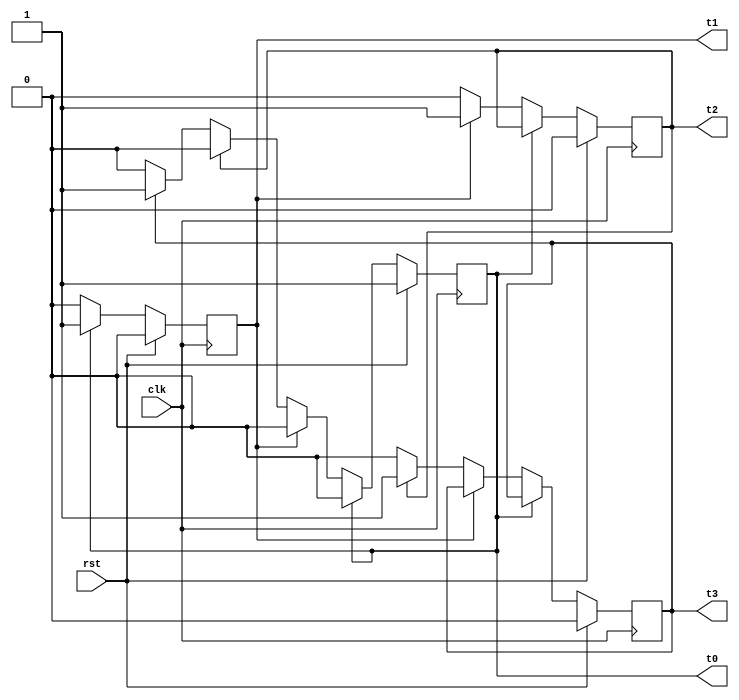
module RING_COUNTER (
		input clk, rst,
		output reg t0, t1, t2, t3
	);

	always @(posedge clk) begin
		if (rst) begin
			t0 <= 1'b1;
			t1 <= 1'b0;
			t2 <= 1'b0;
			t3 <= 1'b0;
		end
		else if (t0) begin
			t0 <= 1'b0;
			t1 <= 1'b1;
		end
		else if (t1) begin
			t1 <= 1'b0;
			t2 <= 1'b1;
		end
		else if (t2) begin
			t2 <= 1'b0;
			t3 <= 1'b1;
		end
		else if (t3) begin
			t3 <= 1'b0;
			t0 <= 1'b1;
		end
	end

endmodule